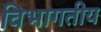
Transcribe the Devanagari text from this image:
विभागतीय